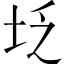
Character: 𪣇